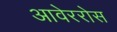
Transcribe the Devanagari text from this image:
आवेररोस